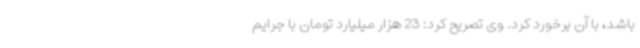
باشد، با آن برخورد کرد. وی تصریح کرد: 23 هزار میلیارد تومان با جرایم